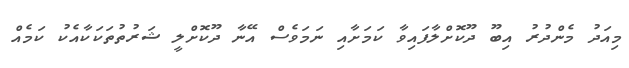
މިއަދު މެންދުރު އިބޫ ދޫކޮށްލާފައިވާ ކަމަށާއި ނަމަވެސް އޭނާ ދޫކޮށްލީ ޝަރުތުތަކަކާއެކު ކަމެއް